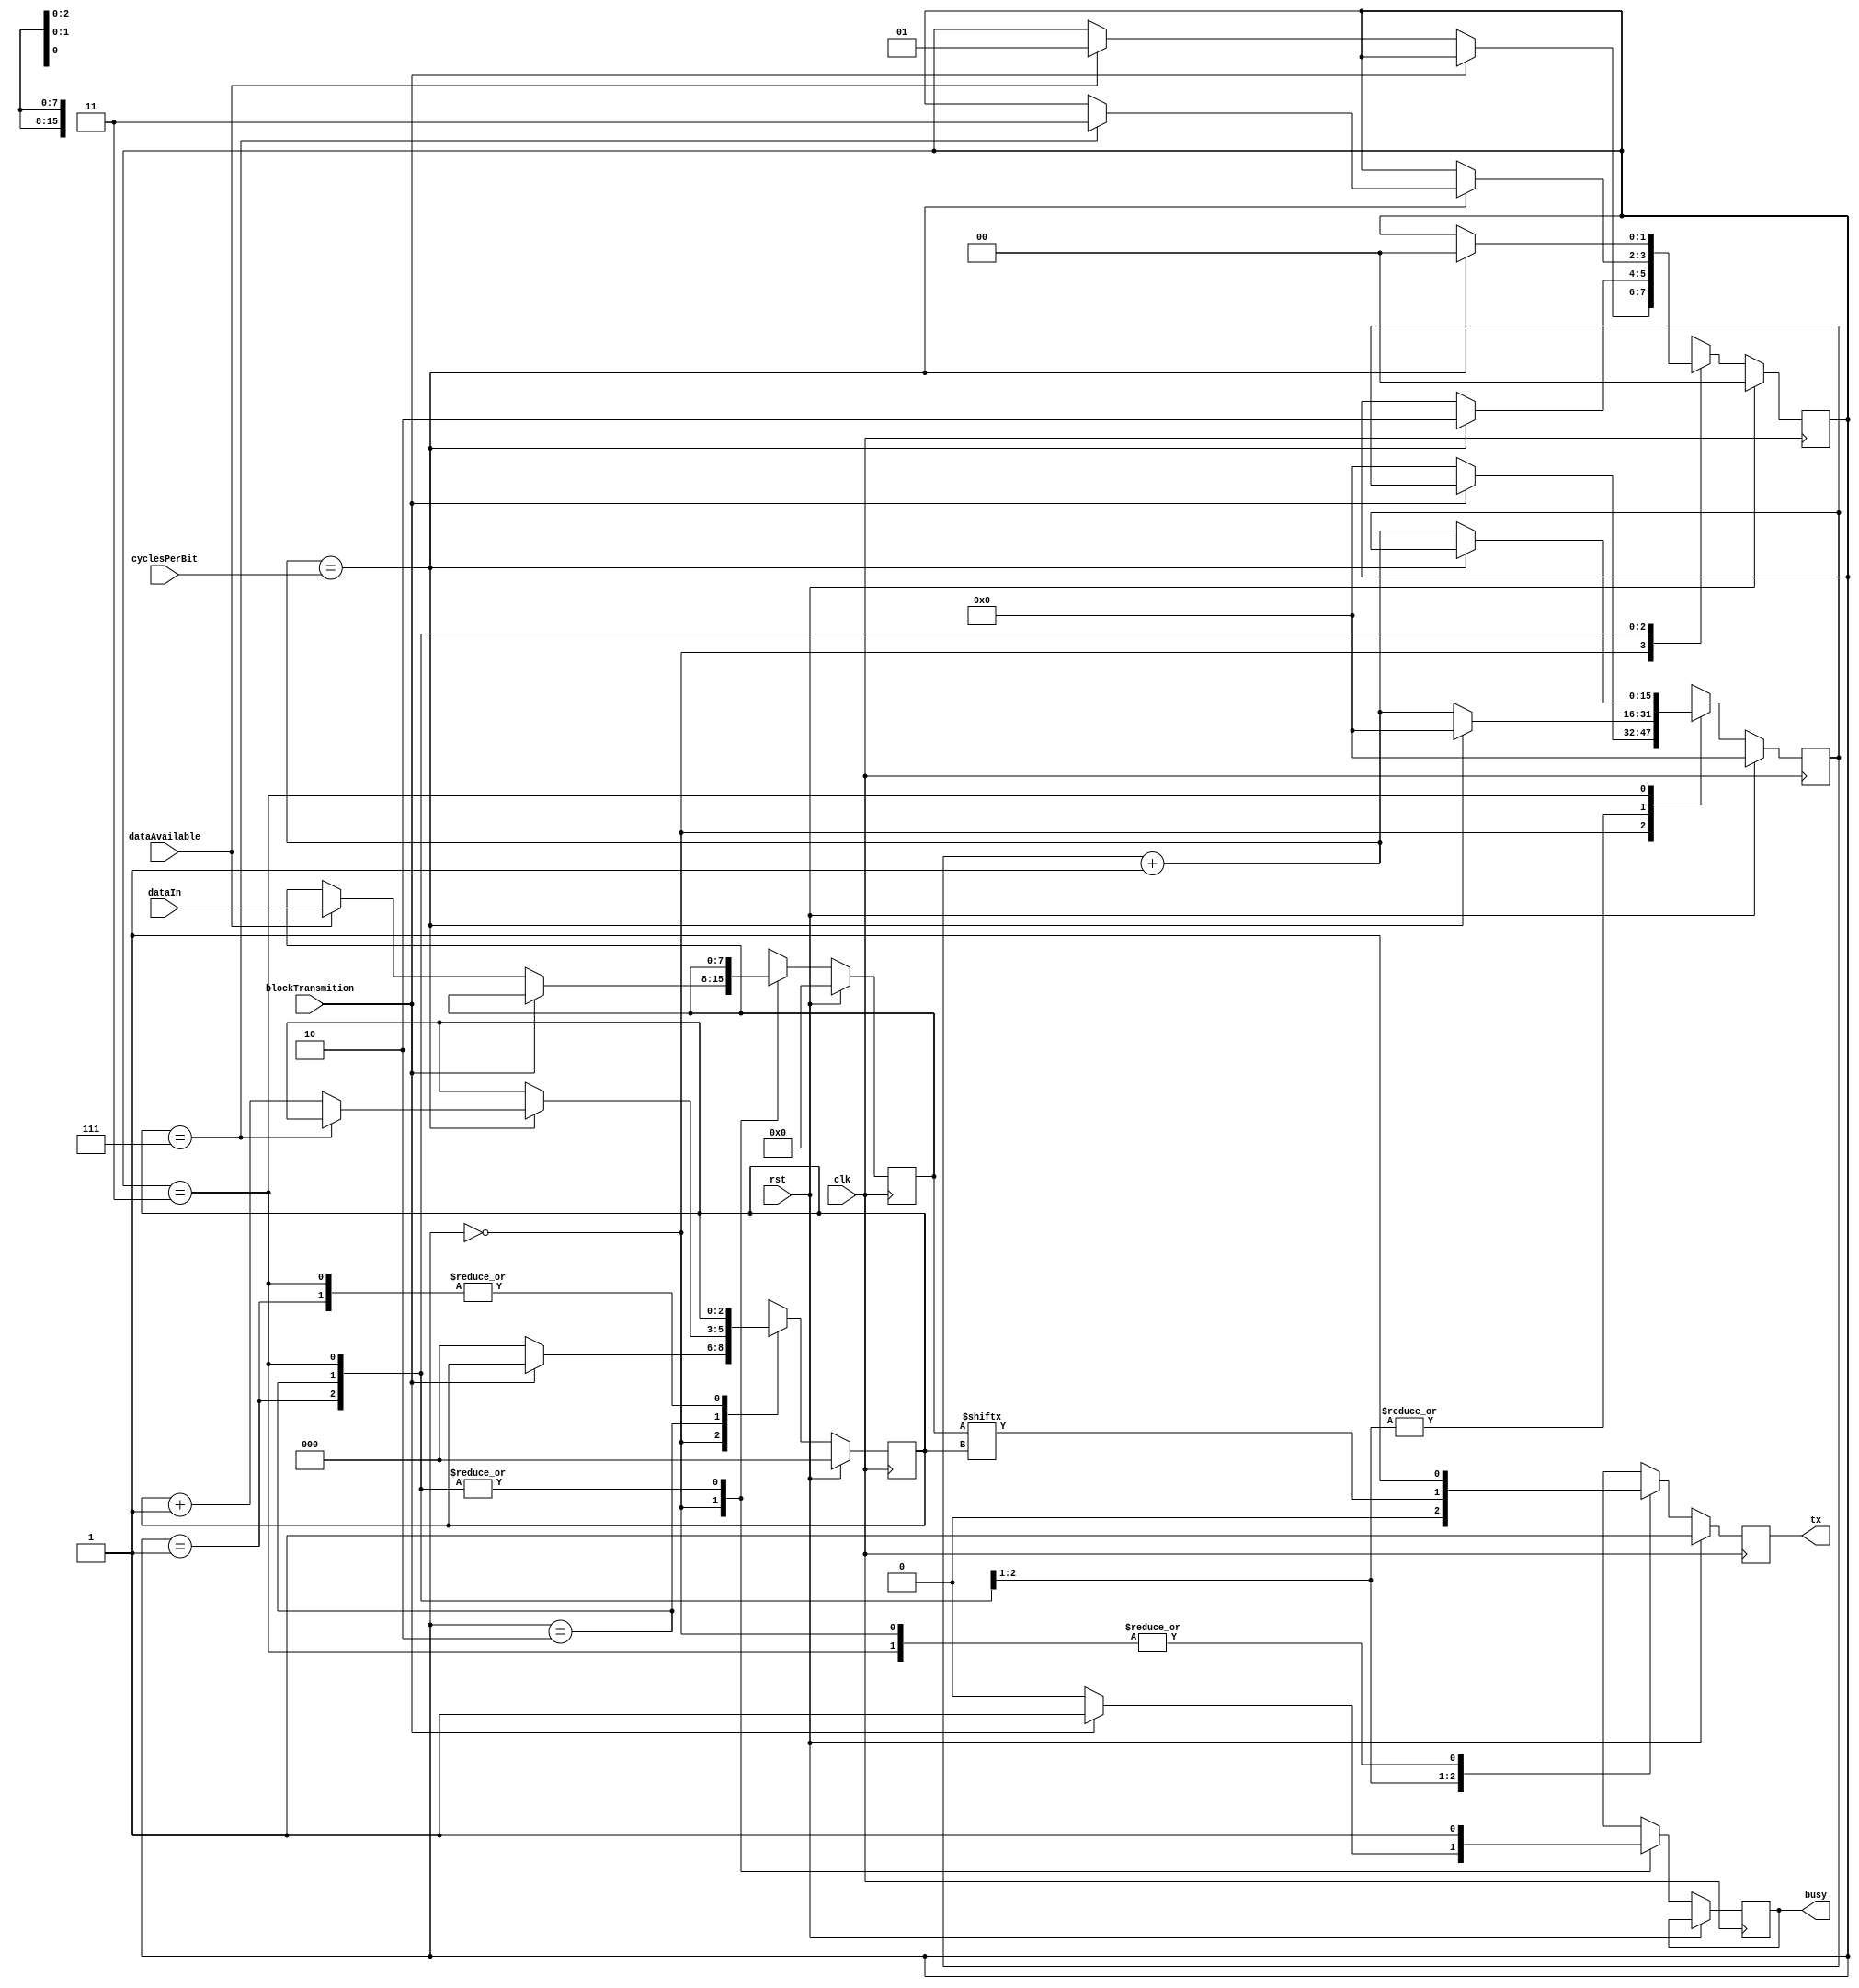
module UART_tx
	#(
		parameter CLOCK_SCALE_BITS = 16
	)(
		input wire clk,
		input wire rst,
		input wire[CLOCK_SCALE_BITS-1:0] cyclesPerBit, // ((CLK_FREQ + BAUD) / BAUD) - 1		
		output wire tx,
		input wire blockTransmition,
    	output reg busy,
    	input wire [7:0] dataIn,
    	input wire dataAvailable
    );
	
	localparam STATE_IDLE		= 2'b00;
	localparam STATE_START_BIT 	= 2'b01;
	localparam STATE_DATA 		= 2'b10;
	localparam STATE_STOP_BIT 	= 2'b11;

	reg[1:0] state = STATE_IDLE;
	reg[CLOCK_SCALE_BITS-1:0] delayCounter = {CLOCK_SCALE_BITS{1'b0}};
	wire[CLOCK_SCALE_BITS-1:0] nextDelayCounter = delayCounter + 1;
		
	reg[2:0] bitCounter = 3'b0;
	reg[7:0] savedData = 8'b0;
	reg outputBuffer = 1'b0;

	always @(posedge clk) begin
		if (rst) begin
			state = STATE_IDLE;
			delayCounter = {CLOCK_SCALE_BITS{1'b0}};
			bitCounter = 3'b0;
			savedData = 8'b0;
			outputBuffer = 1'b1;
		end else begin
			busy = 1'b1;
			
			/*  When a new byte is presnted to send, that byte is saved so that
				if the input changes the correct data is still sent. We first
				have to send a 0, which is the start bit. Once the start bit
				is sent, each data bit is sent out. The counter ctr is used to
				delay between bits to get the correct baud rate. The counter
				bitCounter is used to keep track of what bit to send. After
				all eight bits are sent, we need to send 1, the stop bit.
				This bit ensures that the line goes high between transmissions.
				When the transmistter is sending out data, the output busy is
				set to 1. To prevent the transmitter from sending data, set
				block to 1. This can be used for flow control.                  */
			case (state)
				STATE_IDLE: begin
					outputBuffer = 1'b1; // UART standard is to default to high

					if (!blockTransmition) begin
						busy = 1'b0;
						delayCounter = {CLOCK_SCALE_BITS{1'b0}};
						bitCounter = 3'b0;

						if (dataAvailable) begin
							savedData = dataIn;
							state = STATE_START_BIT;
						end
					end
				end

				STATE_START_BIT: begin
					outputBuffer = 1'b0;

					if (nextDelayCounter == cyclesPerBit) begin
						delayCounter = 0;
						state = STATE_DATA;
					end else begin
						delayCounter = nextDelayCounter;
					end
				end

				STATE_DATA: begin
					outputBuffer = savedData[bitCounter];

					if (nextDelayCounter == cyclesPerBit) begin
						delayCounter = 0;
						if (bitCounter == 3'h7) state = STATE_STOP_BIT;
						else bitCounter = bitCounter + 1;
					end else begin
						delayCounter = nextDelayCounter;
					end
				end

				STATE_STOP_BIT: begin
					outputBuffer = 1'b1;

					if (nextDelayCounter == cyclesPerBit) begin
						state = STATE_IDLE;
					end else begin
						delayCounter = nextDelayCounter;
					end
				end
				
				default: state = STATE_IDLE;				
			endcase
		end
	end

	assign tx = outputBuffer;

endmodule